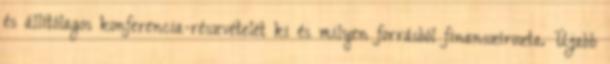
és állítólagos konferencia-részvételét ki és milyen forrásból finanszírozta. Újabb